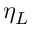
\eta _ { L }